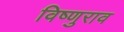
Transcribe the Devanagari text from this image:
विष्णुराव